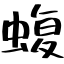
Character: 蝮